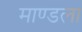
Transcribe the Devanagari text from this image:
माण्डला